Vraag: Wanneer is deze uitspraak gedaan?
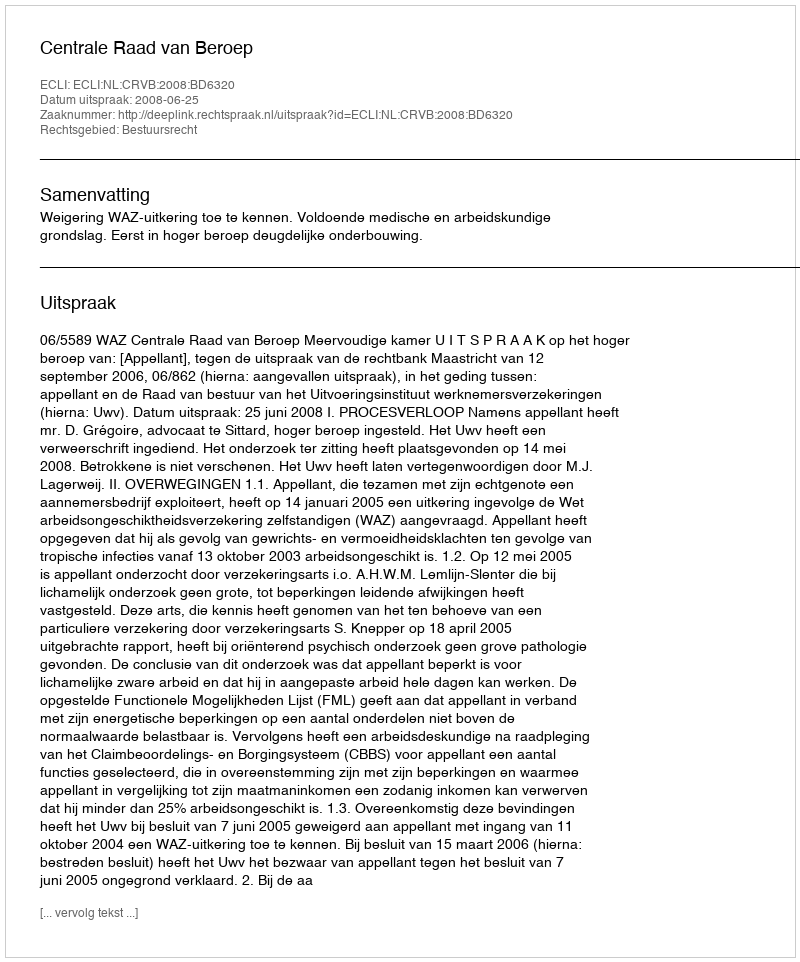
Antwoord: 2008-06-25